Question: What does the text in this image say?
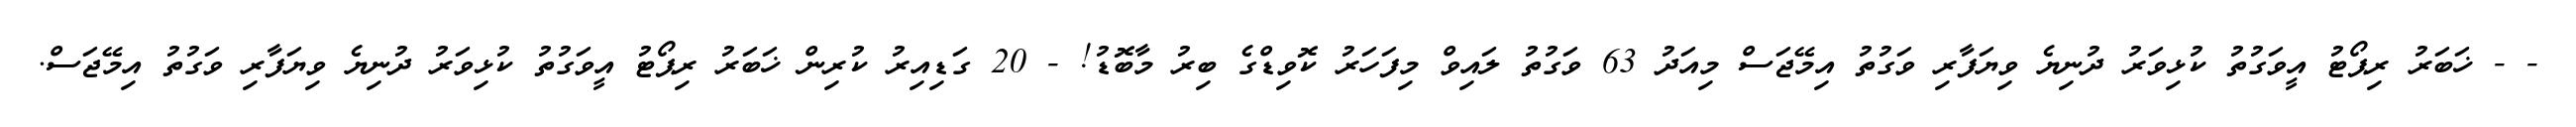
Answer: - - ޚަބަރު ރިޕޯޓު އީވަގުތު ކުޅިވަރު ދުނިޔެ ވިޔަފާރި ވަގުތު އިމޭޖަސް މިއަދު 63 ވަގުތު ލައިވް މިފަހަރު ކޮވިޑްގެ ބިރު މާބޮޑު! - 20 ގަޑިއިރު ކުރިން ޚަބަރު ރިޕޯޓު އީވަގުތު ކުޅިވަރު ދުނިޔެ ވިޔަފާރި ވަގުތު އިމޭޖަސް.